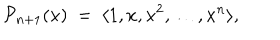
{ \cal P } _ { n + 1 } ( x ) \ = \ \langle 1 , x , x ^ { 2 } , \dots , x ^ { n } \rangle ,